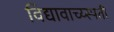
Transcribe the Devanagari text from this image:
विद्यावाच्य्स्पती